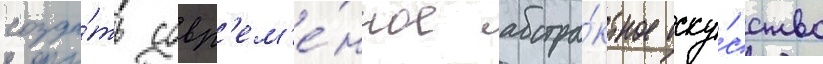
созда́ть совр'ем'е́нное абстра́ктное иску́сство